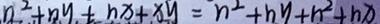
n ^ { 2 } + n y + n x + x y = n ^ { 2 } + n y + n ^ { 2 } + n x